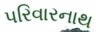
પરિવારનાથ